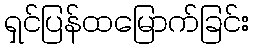
ရှင်ပြန်ထမြောက်ခြင်း